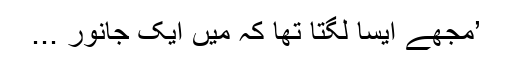
’مجھے ایسا لگتا تھا کہ میں ایک جانور ...